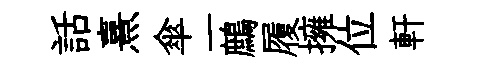
話熹傘一鷓履擁位軒